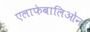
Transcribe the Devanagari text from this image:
एलाफेबालिओन